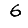
Digit: 6